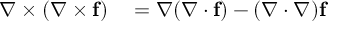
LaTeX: \begin{array} { r l } { \nabla \times ( \nabla \times \mathbf { f } ) } & { { } = \nabla ( \nabla \cdot \mathbf { f } ) - ( \nabla \cdot \nabla ) \mathbf { f } } \end{array}